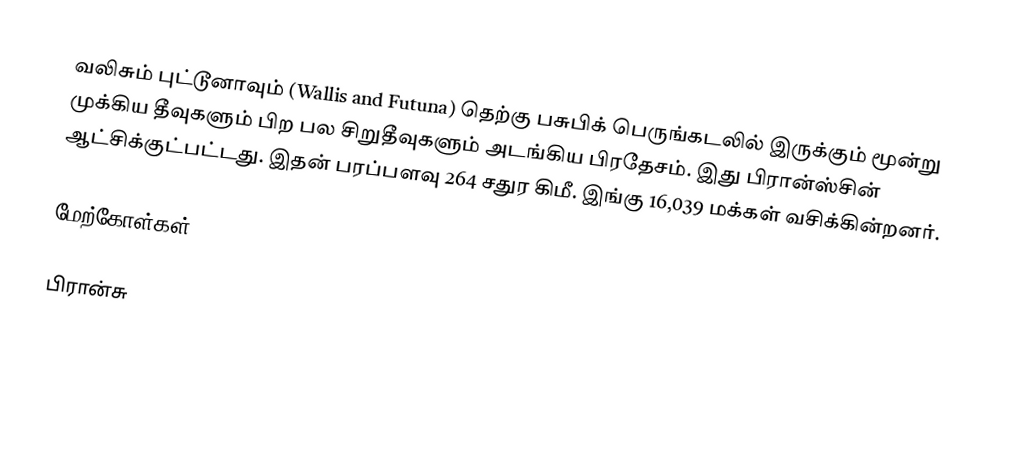
வலிசும் புட்டூனாவும் (Wallis and Futuna) தெற்கு பசுபிக் பெருங்கடலில் இருக்கும் மூன்று முக்கிய தீவுகளும் பிற பல சிறுதீவுகளும் அடங்கிய பிரதேசம். இது பிரான்ஸ்சின் ஆட்சிக்குட்பட்டது. இதன் பரப்பளவு 264 சதுர கிமீ. இங்கு 16,039  மக்கள் வசிக்கின்றனர்.

மேற்கோள்கள்

பிரான்சு